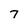
Character: 7